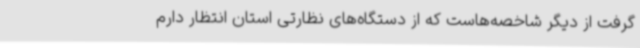
گرفت از دیگر شاخصه‌هاست که از دستگاه‌های نظارتی استان انتظار دارم